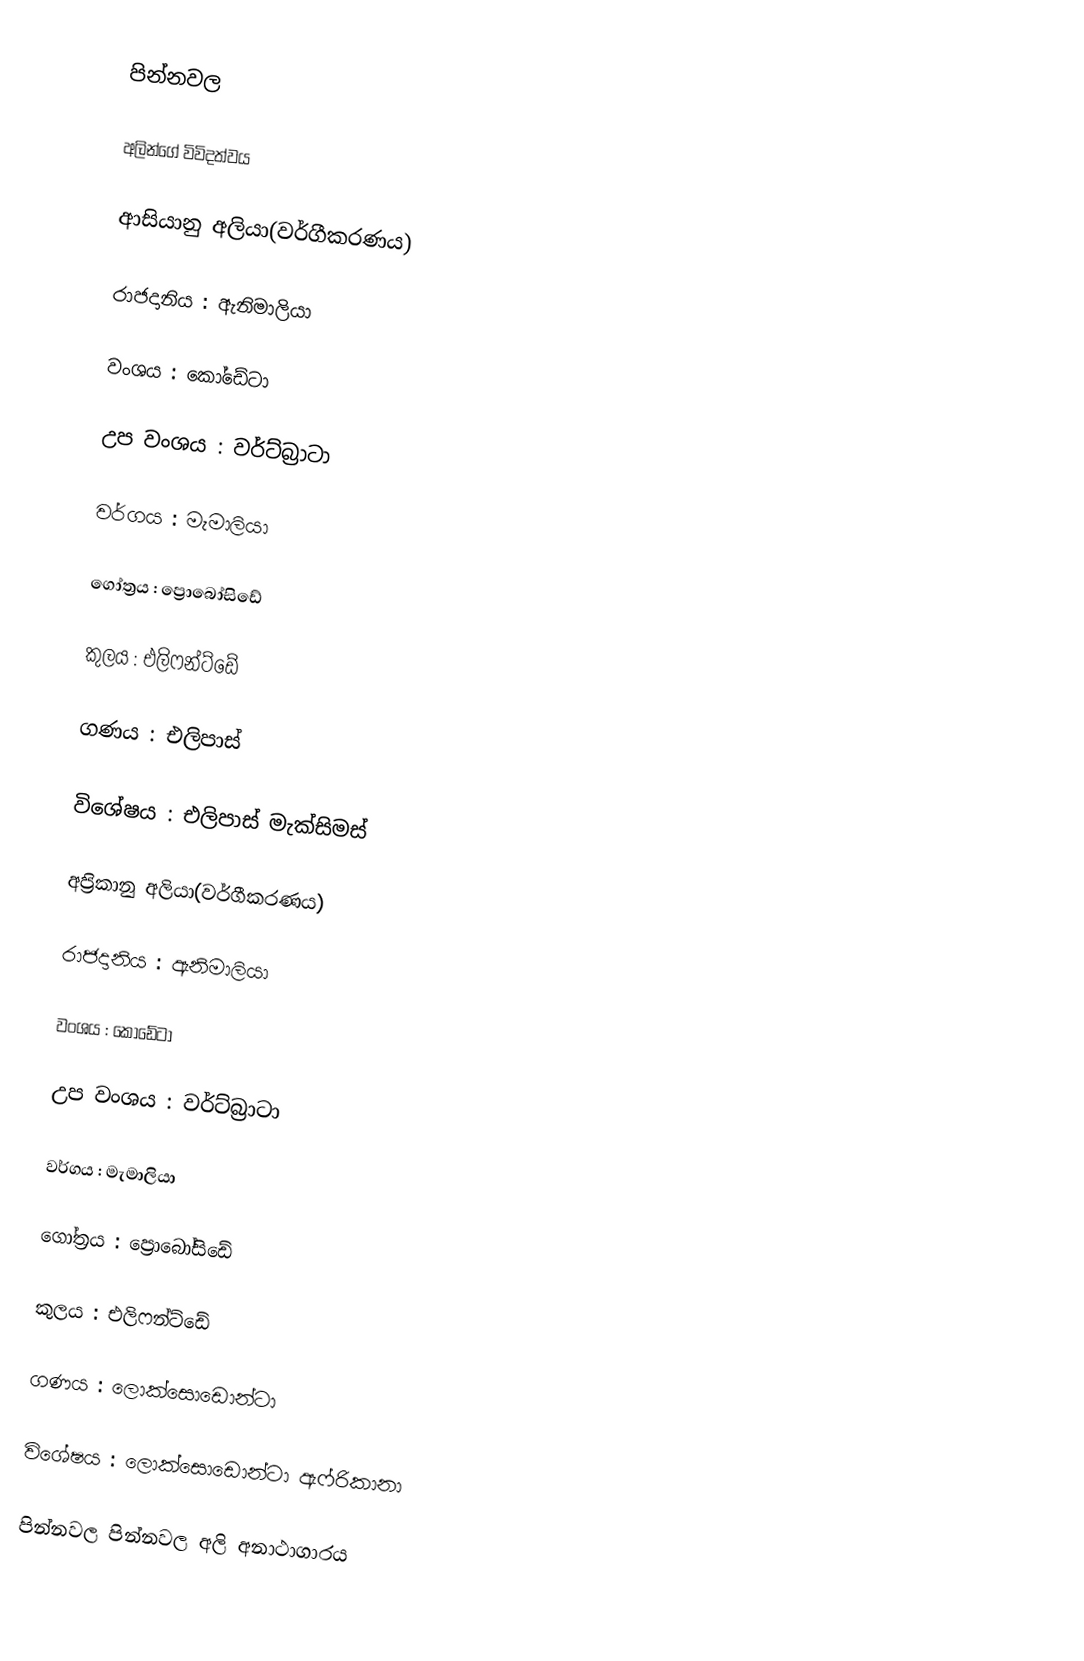
පින්නවල

අලින්ගේ විවිදත්වය

ආසියානු අලියා(වර්ගීකරණය)

 රාජදානිය : ඇනිමාලියා

 වංශය : කෝඩේටා

 උප වංශය : වර්ට්බ්‍රාටා

 වර්ගය : මැමාලියා

 ගෝත්‍රය : ප්‍රොබෝසිඩේ

 කුලය : එලිෆන්ට්ඩේ

 ගණය : එලිපාස්

 විශේෂය : එලිපාස් මැක්සිමස්

අප්‍රිකානු අලියා(වර්ගීකරණය)

 රාජදානිය : ඇනිමාලියා

 වංශය : කෝඩේටා

 උප වංශය : වර්ට්බ්‍රාටා

 වර්ගය : මැමාලියා

 ගෝත්‍රය : ප්‍රොබෝසිඩේ

 කුලය : එලිෆන්ට්ඩේ

 ගණය : ලොක්සොඩොන්ටා

 විශේෂය : ලොක්සොඩොන්ටා ඇෆ්රිකානා

පින්නවල  පින්නවල අලි අනාථාගාරය